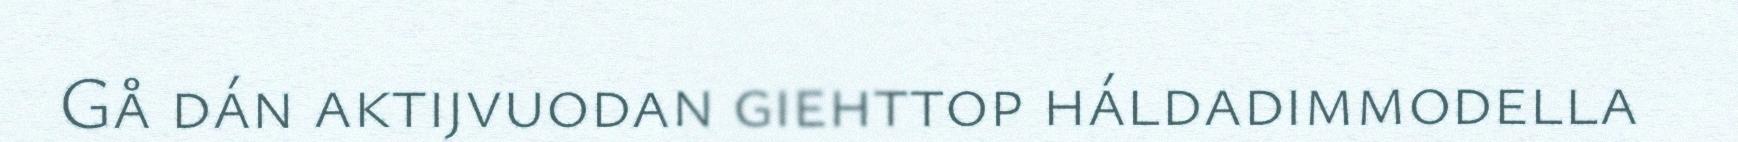
Gå dán aktijvuodan giehttop háldadimmodella